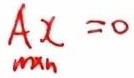
\[A_{m\times n}x = 0\]